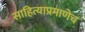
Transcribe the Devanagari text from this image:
साहित्याप्रमाणेच